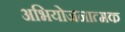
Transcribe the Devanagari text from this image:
अभियोजनात्मक